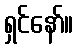
ရှင်နော်။